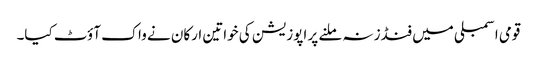
قومی اسمبلی میں فنڈز نہ ملنے پر اپوزیشن کی خواتین ارکان نے واک آؤٹ کیا۔